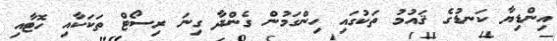
އިންޑިޔާ ކަނޑުގެ ޤައުމު ތަކުގައި ހިންގަމުން ގެންދާ ގިނަ ރިސޯޓް ތަކަކާއި ހޮޓާއި